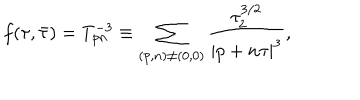
f ( \tau , \bar { \tau } ) = T _ { p n } ^ { - 3 } \equiv \sum _ { ( p , n ) \neq ( 0 , 0 ) } { \frac { \tau _ { 2 } ^ { 3 / 2 } } { | p + n \tau | ^ { 3 } } } ,